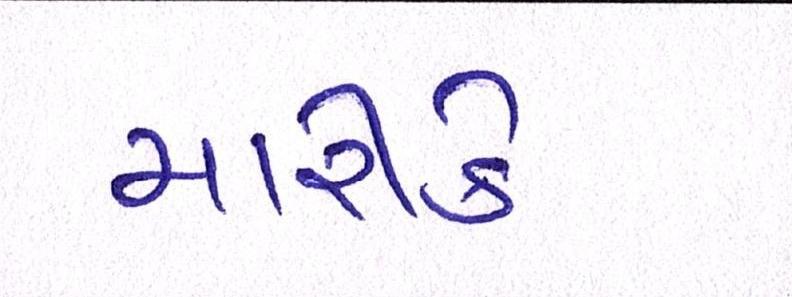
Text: મારીકે